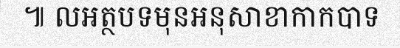
៕ លអត្ថបទមុនអនុសាខាកាកបាទ